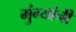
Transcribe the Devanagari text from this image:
मुंग्यांनी